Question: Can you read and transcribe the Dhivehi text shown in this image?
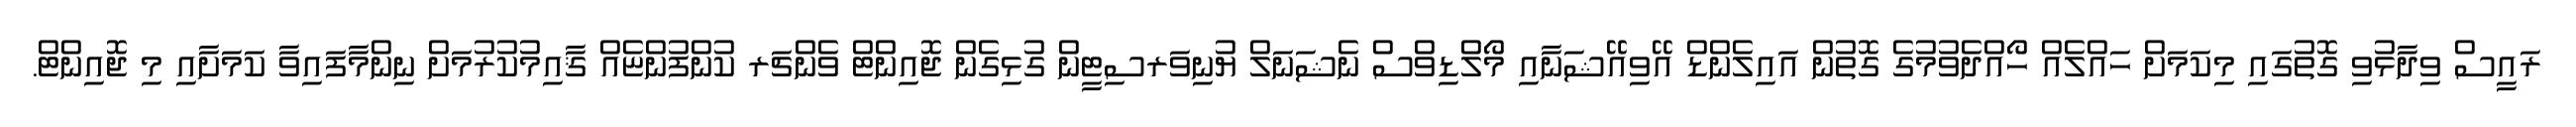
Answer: ރައީސް ވިދާޅުވި ގޮތުގައި މިކަމަށް ހައްލެއް ހޯއްދެވުމުގެ ގޮތުން އައިލެންޑް އޭވިއޭޝަނާއި މޯލްޑިވްސް ނެޝަނަލް ޔުނިވަރސިޓީން ގުޅިގެން ޖޮއިންޓް ވެންޗަރ ކުންފުންޏެއް ޤާއިމުކުރުމަށް ނިންމާފައިވާ ކަމަށާއި މި ޖޮއިންޓް.